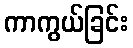
ကာကွယ်ခြင်း